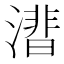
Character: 𣾝